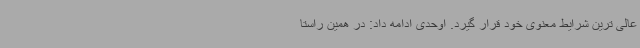
عالی ترین شرایط معنوی خود قرار گیرد. اوحدی ادامه داد: در همین راستا